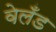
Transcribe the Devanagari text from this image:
वेलँड